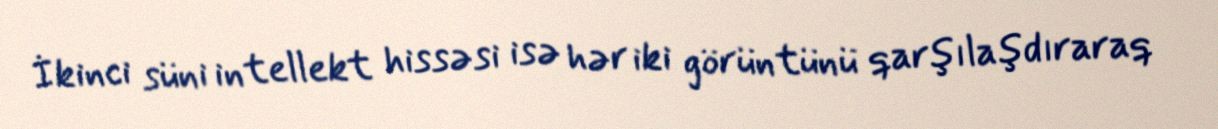
İkinci süni intellekt hissəsi isə hər iki görüntünü qarşılaşdıraraq